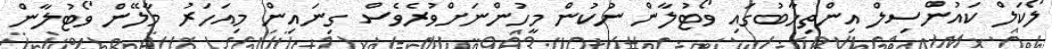
ލޯކަލް ކައުންސިލް އިންތިހާބުގައި ވޯޓުލާން ނުކުން މީހުންނަށްވުރެވެސް ގިނައިން މިއަހަރު މާލޭން ވޯޓުލާން